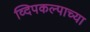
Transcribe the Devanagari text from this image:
व्दिपकल्पाच्या